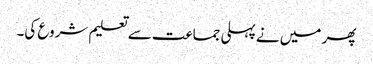
پھر میں نے پہلی جماعت سے تعلیم شروع کی۔